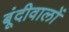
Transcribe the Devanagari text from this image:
बूंदीवालों